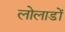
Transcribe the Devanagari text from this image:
लोलाडों